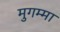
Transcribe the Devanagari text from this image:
मुगम्मा